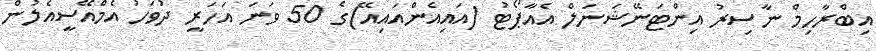
އިބްރާހިމް ނާސިރު އިންޓަނޭޝަނަލް އެއާޕޯޓު (އައިއެންއައިއޭ)ގެ 50 ވަނަ އަހަރީ ދުވަހު އެމްއޭސީއެލުން